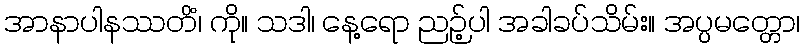
အာနာပါနဿတိံ၊ ကို။ သဒါ၊ နေ့ရော ညဉ့်ပါ အခါခပ်သိမ်း။ အပ္ပမတ္တော၊